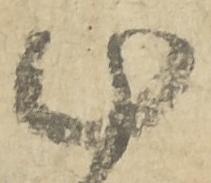
十